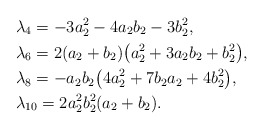
\begin{align*} &\lambda_4 = -3a_2^2 - 4a_2 b_2 - 3b_2^2,\\ &\lambda_6 = 2(a_2+b_2)\big(a_2^2+3a_2 b_2+b_2^2\big), \\ &\lambda_8 = -a_2 b_2 \big(4a_2^2+ 7 b_2 a_2 + 4b_2^2\big),\\ &\lambda_{10} = 2 a_2^2 b_2^2 (a_2+b_2).\end{align*}